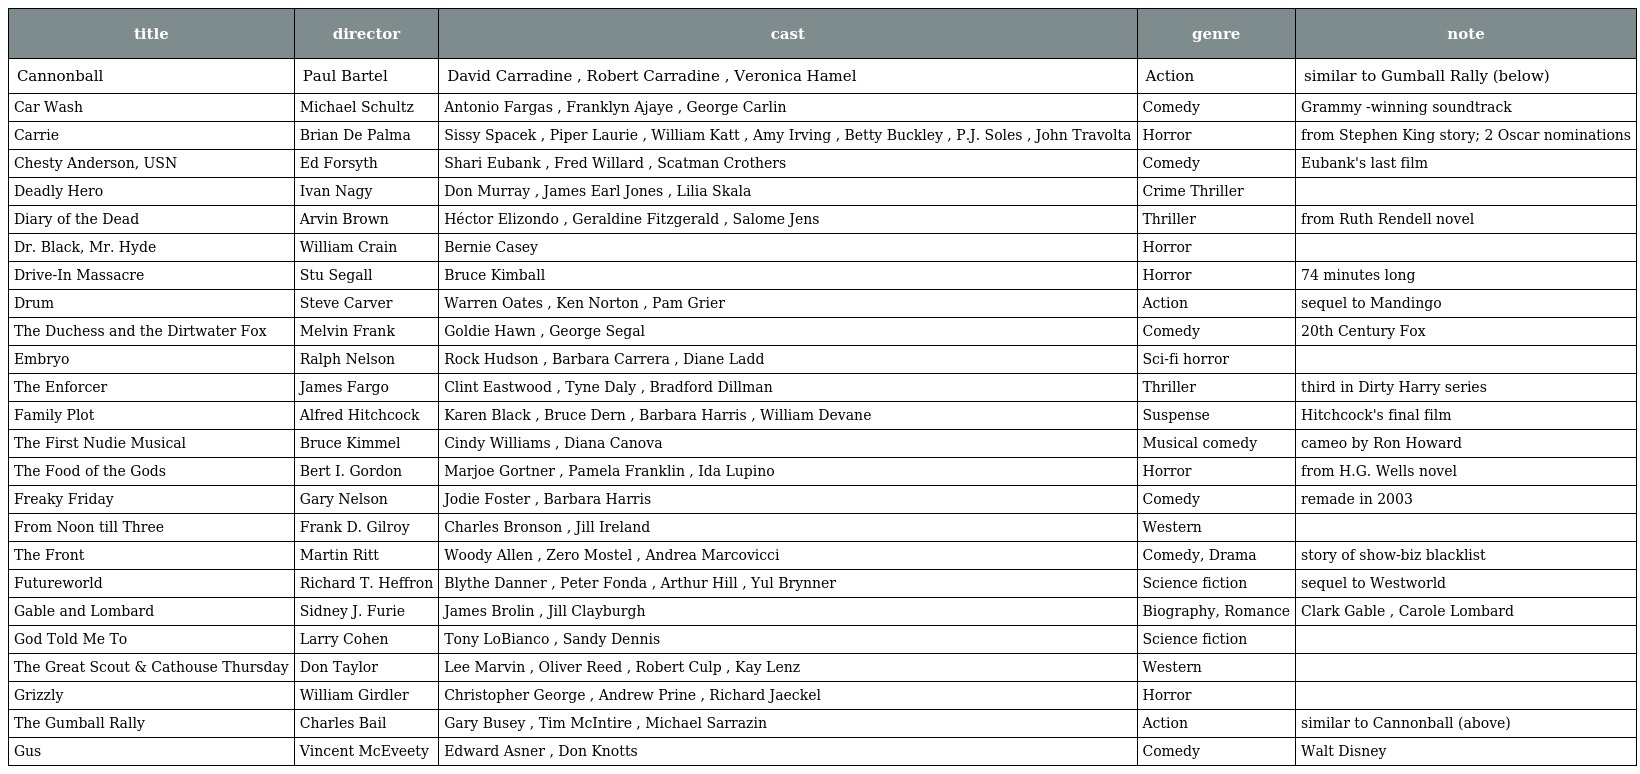
| title | director | cast | genre | note |
 | --- | --- | --- | --- | --- |
 | Cannonball | Paul Bartel | David Carradine , Robert Carradine , Veronica Hamel | Action | similar to Gumball Rally (below) |
 | Car Wash | Michael Schultz | Antonio Fargas , Franklyn Ajaye , George Carlin | Comedy | Grammy -winning soundtrack |
 | Carrie | Brian De Palma | Sissy Spacek , Piper Laurie , William Katt , Amy Irving , Betty Buckley , P.J. Soles , John Travolta | Horror | from Stephen King story; 2 Oscar nominations |
 | Chesty Anderson, USN | Ed Forsyth | Shari Eubank , Fred Willard , Scatman Crothers | Comedy | Eubank's last film |
 | Deadly Hero | Ivan Nagy | Don Murray , James Earl Jones , Lilia Skala | Crime Thriller |  |
 | Diary of the Dead | Arvin Brown | Héctor Elizondo , Geraldine Fitzgerald , Salome Jens | Thriller | from Ruth Rendell novel |
 | Dr. Black, Mr. Hyde | William Crain | Bernie Casey | Horror |  |
 | Drive-In Massacre | Stu Segall | Bruce Kimball | Horror | 74 minutes long |
 | Drum | Steve Carver | Warren Oates , Ken Norton , Pam Grier | Action | sequel to Mandingo |
 | The Duchess and the Dirtwater Fox | Melvin Frank | Goldie Hawn , George Segal | Comedy | 20th Century Fox |
 | Embryo | Ralph Nelson | Rock Hudson , Barbara Carrera , Diane Ladd | Sci-fi horror |  |
 | The Enforcer | James Fargo | Clint Eastwood , Tyne Daly , Bradford Dillman | Thriller | third in Dirty Harry series |
 | Family Plot | Alfred Hitchcock | Karen Black , Bruce Dern , Barbara Harris , William Devane | Suspense | Hitchcock's final film |
 | The First Nudie Musical | Bruce Kimmel | Cindy Williams , Diana Canova | Musical comedy | cameo by Ron Howard |
 | The Food of the Gods | Bert I. Gordon | Marjoe Gortner , Pamela Franklin , Ida Lupino | Horror | from H.G. Wells novel |
 | Freaky Friday | Gary Nelson | Jodie Foster , Barbara Harris | Comedy | remade in 2003 |
 | From Noon till Three | Frank D. Gilroy | Charles Bronson , Jill Ireland | Western |  |
 | The Front | Martin Ritt | Woody Allen , Zero Mostel , Andrea Marcovicci | Comedy, Drama | story of show-biz blacklist |
 | Futureworld | Richard T. Heffron | Blythe Danner , Peter Fonda , Arthur Hill , Yul Brynner | Science fiction | sequel to Westworld |
 | Gable and Lombard | Sidney J. Furie | James Brolin , Jill Clayburgh | Biography, Romance | Clark Gable , Carole Lombard |
 | God Told Me To | Larry Cohen | Tony LoBianco , Sandy Dennis | Science fiction |  |
 | The Great Scout & Cathouse Thursday | Don Taylor | Lee Marvin , Oliver Reed , Robert Culp , Kay Lenz | Western |  |
 | Grizzly | William Girdler | Christopher George , Andrew Prine , Richard Jaeckel | Horror |  |
 | The Gumball Rally | Charles Bail | Gary Busey , Tim McIntire , Michael Sarrazin | Action | similar to Cannonball (above) |
 | Gus | Vincent McEveety | Edward Asner , Don Knotts | Comedy | Walt Disney |